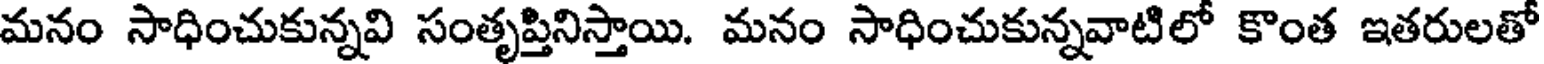
మనం సాధించుకున్నవి సంతృప్తినిస్తాయి. మనం సాధించుకున్నవాటిలో కొంత ఇతరులతో